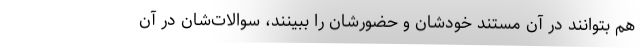
هم بتوانند در آن مستند خودشان و حضورشان را ببینند، سوالات‌شان در آن